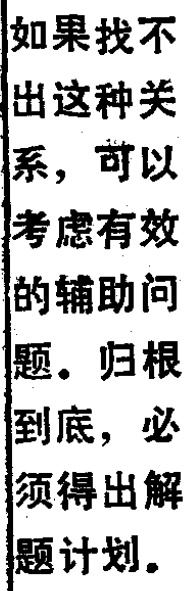
如果找不

出这种关

系，可以

考虑有效

的辅助问

题。归根

到底，必

须得出解

题计划。